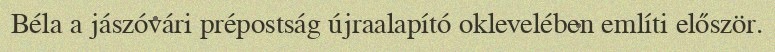
Béla a jászóvári prépostság újraalapító oklevelében említi először.